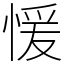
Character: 愋